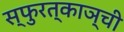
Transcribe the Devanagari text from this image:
स्फुरत्काञ्ची